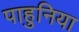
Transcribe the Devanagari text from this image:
पाहुनिया